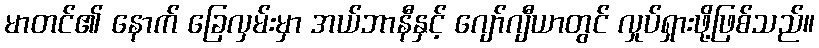
မာတင်၏ နောက် ခြေလှမ်းမှာ အယ်ဘာနီနှင့် ဂျော်ဂျီယာတွင် လှုပ်ရှားဖို့ဖြစ်သည်။